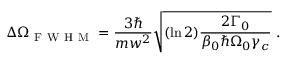
\Delta \Omega _ { \mathrm { ~ F ~ W ~ H ~ M ~ } } = \frac { 3 \hbar } { m w ^ { 2 } } \sqrt { ( \ln { 2 } ) \frac { 2 \Gamma _ { 0 } } { \beta _ { 0 } \hbar \Omega _ { 0 } \gamma _ { c } } } \mathrm { ~ . ~ }